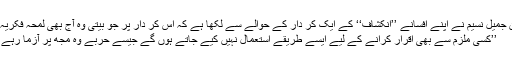
سلطان جمیل نسیم نے اپنے افسانے ’’انکشاف‘‘ کے ایک کر دار کے حوالے سے لکھا ہے کہ اس کر دار پر جو بیتی وہ آج بھی لمحہ فکریہ ہے :
’’کسی ملزم سے بھی اقرار کرانے کے لیے ایسے طریقے استعمال نہیں کیے جاتے ہوں گے جیسے حربے وہ مجھ پر آزما رہے تھے۔